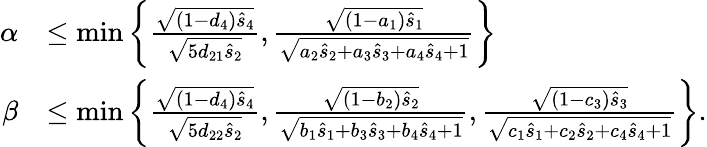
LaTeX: \begin{array}{rl}{\alpha}&{\leq\operatorname*{min}\bigg\{ \frac{\sqrt{(1-d_{4})\hat{s}_{4}}}{\sqrt{5d_{21}\hat{s}_{2}}},\frac{\sqrt{(1-a_{1})\hat{s}_{1}}}{\sqrt{a_{2}\hat{s}_{2}+a_{3}\hat{s}_{3}+a_{4}\hat{s}_{4}+1}}\bigg\} }\\ {\beta}&{\leq\operatorname*{min}\bigg\{ \frac{\sqrt{(1-d_{4})\hat{s}_{4}}}{\sqrt{5d_{22}\hat{s}_{2}}},\frac{\sqrt{(1-b_{2})\hat{s}_{2}}}{\sqrt{b_{1}\hat{s}_{1}+b_{3}\hat{s}_{3}+b_{4}\hat{s}_{4}+1}},\frac{\sqrt{(1-c_{3})\hat{s}_{3}}}{\sqrt{c_{1}\hat{s}_{1}+c_{2}\hat{s}_{2}+c_{4}\hat{s}_{4}+1}}\bigg\} .}\end{array}